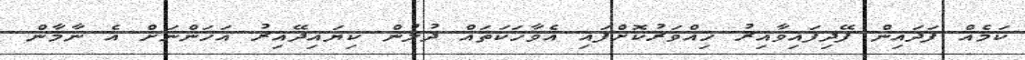
ކަމެއް ފަދައިން ފޭދިފައިވާއިރު ހިއްވަރުކޮށްފައި އެވާހަކަތައް ދުލުން ކިޔައިދޭއިރު އަހަންނަށް އެ ނާމާން